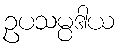
ဥပသမ္ပဒါယ